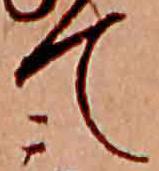
て